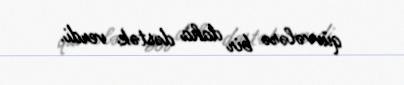
qüvvələrə bir daha dəstək verdi.